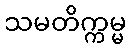
သမတိက္ကမ္မ